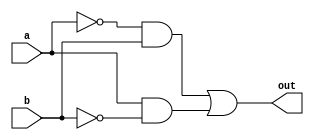
// add inputs, outputs
// add logic for gates in the assign statements 

module xor_gate(a,b,out);
input a,b;
output out;

assign out = ~a&b | a&~b;
endmodule


module and_gate(a,b,out);
input a,b;
output out;

assign out = a & b;
endmodule


module not_gate(a,out);
input a;
output out;

assign out = ~a;
endmodule


module half_subtractor(a, b, difference, borrow);
input a,b;
output difference, borrow;
wire x;

not_gate not_gate_in_half_sub(a,x);
xor_gate xor_gate_in_half_sub(a,b,difference);
and_gate and_gate_in_half_sub(x,b,borrow);
endmodule


//Testbench for half subtractor has been given
`timescale 1ns/1ps
module top;
 reg  A, B;
 wire Difference, Borrow; 
  half_subtractor instantiation(A, B, Difference, Borrow);
  initial
    begin
      $dumpfile("xyz.vcd");
      $dumpvars(0, top);
      A=0;
      B=0;
      #100 $finish;
    end

always #10 A=~A;
always #5 B=~B;
endmodule


// Error 1:
/*

half_sub_incomplete.v:27: error: reg out; cannot be driven by primitives or continuous assignment.
half_sub_incomplete.v:18: error: reg out; cannot be driven by primitives or continuous assignment.
half_sub_incomplete.v:9: error: reg out; cannot be driven by primitives or continuous assignment.
3 error(s) during elaboration.

Initially i did this in all the modules:
reg out;
assign out = a & b;

What I thought I was doing was (Becuase I thought since we are changing value of out
It should be able to hold value):
reg out;
out = a & b;

*/

// Customisation 

/*
THe gtkwave shoed waveforms in tho order:
A
B
Borrow
Difference

I wanted it show in this order:
A
B
Difference
Borrow

So i needed to know what does that depend on (the order in which we declare ports?
or the order in which they are output-ed)
Turned out it was the latter.
*/